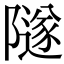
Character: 隧